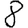
Digit: 8